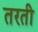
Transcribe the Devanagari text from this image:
तरती